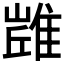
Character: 𨿻